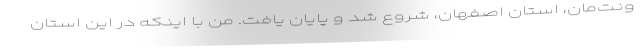
ونت‌مان، استان اصفهان، شروع شد و پایان یافت. من با اینکه در این استان